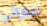
تيموثي